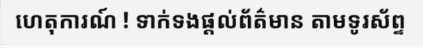
ហេតុការណ៍ ! ទាក់ទងផ្តល់ព័ត៌មាន តាមទូរស័ព្ទ